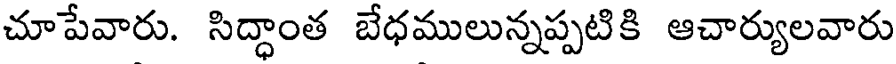
చూపేవారు. సిద్ధాంత బేధములున్నప్పటికి ఆచార్యులవారు